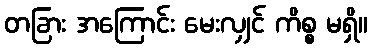
တခြား အကြောင်း မေးလျှင် ကိစ္စ မရှိ။